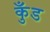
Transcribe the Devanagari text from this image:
कुँड